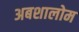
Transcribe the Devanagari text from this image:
अबशालोम